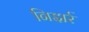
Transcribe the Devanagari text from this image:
निझर्र